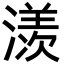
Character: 㵪